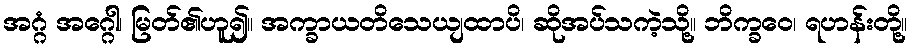
အဂ္ဂံ အဂ္ဂေါ၊ မြတ်၏ဟူ၍။ အက္ခာယတိသေယျထာပိ၊ ဆိုအပ်သကဲ့သို့။ ဘိက္ခဝေ၊ ရဟန်းတို့။